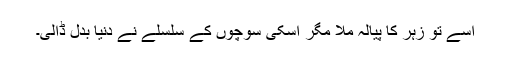
اُسے تو زہر کا پیالہ ملا مگر اسکی سوچوں کے سلسلے نے دنیا بدل ڈالی۔